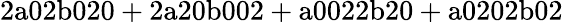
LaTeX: \mathrm{2a02b020+2a20b002+a0022b20+a0202b02}